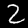
Label: 2